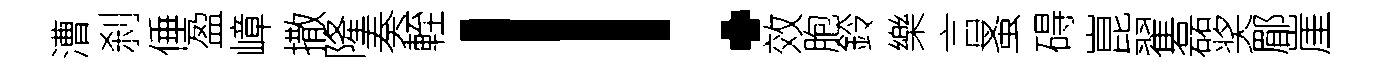
漕刹倕盈嶂撒隆奏輊！效胞鈴樂言蚤碍崑翟磊奖郿崖